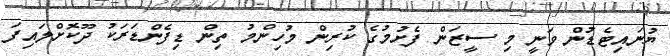
ޔުނައިޓެޑުން ވަނީ މި ސީޒަން ފެށުމުގެ ކުރިން މުހިންމު ތިން ޑިފެންޑަރަކު ދޫކޮށްލައިފަ